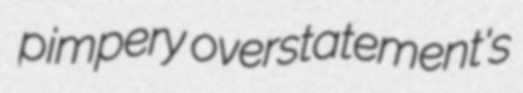
pimpery overstatement's